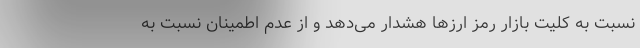
نسبت به کلیت بازار رمز ارز‌ها هشدار می‌دهد و از عدم اطمینان نسبت به